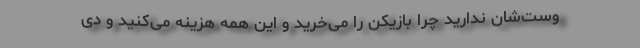
وست‌شان ندارید چرا بازیکن را می‌خرید و این همه هزینه می‌کنید و دی